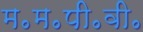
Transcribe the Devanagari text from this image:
म॰म॰पी॰वी॰